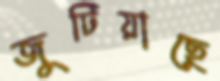
জুটিয়াছে